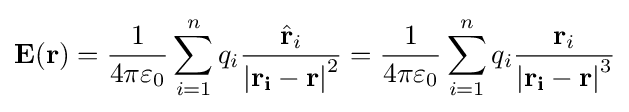
\mathbf {E} (\mathbf {r} )={1 \over 4\pi \varepsilon _{0}}\sum _{i=1}^{n}q_{i}{{\hat {\mathbf {r} }}_{i} \over {|\mathbf {r_{i}-r} |}^{2}}={1 \over 4\pi \varepsilon _{0}}\sum _{i=1}^{n}q_{i}{\mathbf {r} _{i} \over {|\mathbf {r_{i}-r} |}^{3}}